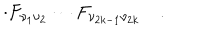
\cdot F _ { \nu _ { 1 } \nu _ { 2 } } \cdots F _ { \nu _ { 2 k - 1 } \nu _ { 2 k } } \quad .